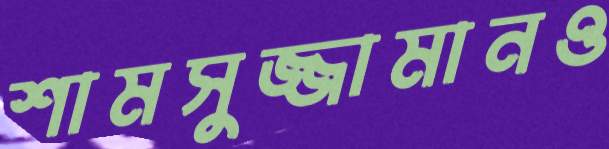
শামসুজ্জামানও